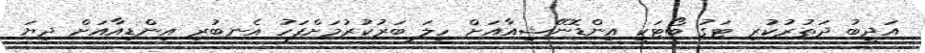
އަދީބު ދަތުރުކުރި ޓަގު ބޯޓަކީ އިންޑޮނޭޝިއާއަށް ހިލަ ބަރުކުރުމަށްފަހު އެނބުރި އިންޑިއާއަށް ދިޔަ